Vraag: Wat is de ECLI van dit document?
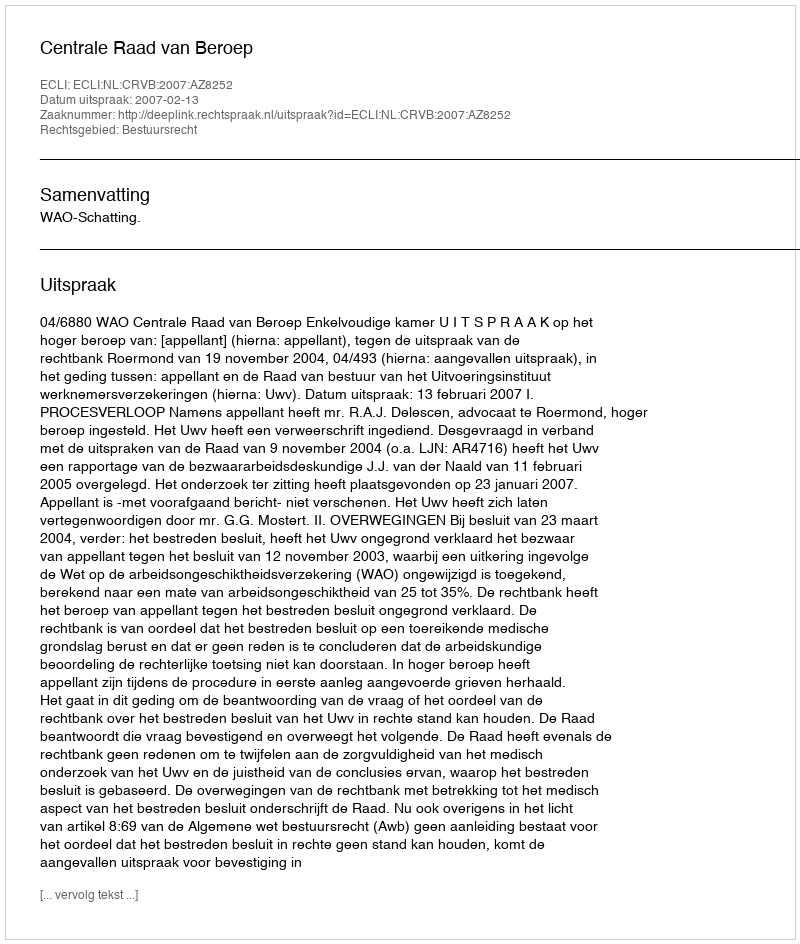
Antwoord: ECLI:NL:CRVB:2007:AZ8252